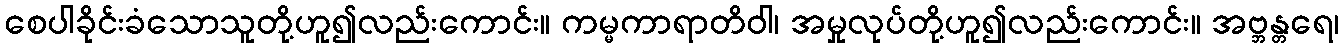
စေပါခိုင်းခံသောသူတို့ဟူ၍လည်းကောင်း။ ကမ္မကာရာတိဝါ၊ အမှုလုပ်တို့ဟူ၍လည်းကောင်း။ အဗ္ဘန္တရေ၊